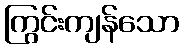
ကြွင်းကျန်သော